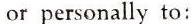
or personally to: